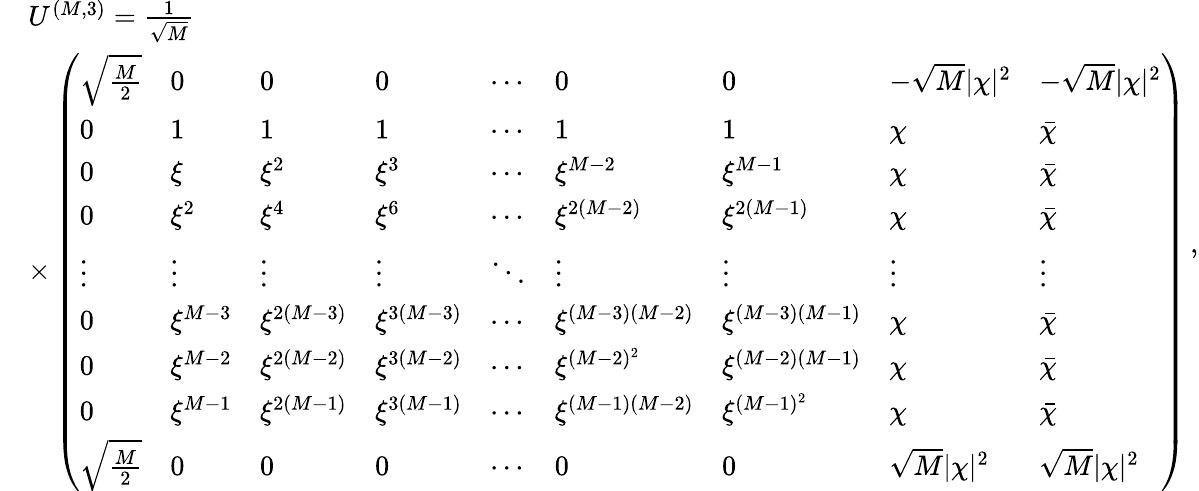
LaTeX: \begin{array}{rl}&{U^{(M,3)}=\frac{1}{\sqrt{M}}}\\ &{\times\left(\begin{array}{lllllllll}{\sqrt{\frac{M}{2}}}&{0}&{0}&{0}&{\cdots}&{0}&{0}&{-\sqrt{M}|\chi|^{2}}&{-\sqrt{M}|\chi|^{2}}\\ {0}&{1}&{1}&{1}&{\cdots}&{1}&{1}&{\chi}&{\bar{\chi}}\\ {0}&{\xi}&{\xi^{2}}&{\xi^{3}}&{\cdots}&{\xi^{M-2}}&{\xi^{M-1}}&{\chi}&{\bar{\chi}}\\ {0}&{\xi^{2}}&{\xi^{4}}&{\xi^{6}}&{\cdots}&{\xi^{2(M-2)}}&{\xi^{2(M-1)}}&{\chi}&{\bar{\chi}}\\ {\vdots}&{\vdots}&{\vdots}&{\vdots}&{\ddots}&{\vdots}&{\vdots}&{\vdots}&{\vdots}\\ {0}&{\xi^{M-3}}&{\xi^{2(M-3)}}&{\xi^{3(M-3)}}&{\cdots}&{\xi^{(M-3)(M-2)}}&{\xi^{(M-3)(M-1)}}&{\chi}&{\bar{\chi}}\\ {0}&{\xi^{M-2}}&{\xi^{2(M-2)}}&{\xi^{3(M-2)}}&{\cdots}&{\xi^{(M-2)^{2}}}&{\xi^{(M-2)(M-1)}}&{\chi}&{\bar{\chi}}\\ {0}&{\xi^{M-1}}&{\xi^{2(M-1)}}&{\xi^{3(M-1)}}&{\cdots}&{\xi^{(M-1)(M-2)}}&{\xi^{(M-1)^{2}}}&{\chi}&{\bar{\chi}}\\ {\sqrt{\frac{M}{2}}}&{0}&{0}&{0}&{\cdots}&{0}&{0}&{\sqrt{M}|\chi|^{2}}&{\sqrt{M}|\chi|^{2}}\end{array}\right)}\end{array}\, ,